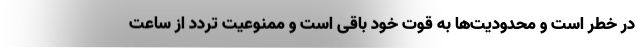
در خطر است و محدودیت‌ها به قوت خود باقی است و ممنوعیت تردد از ساعت